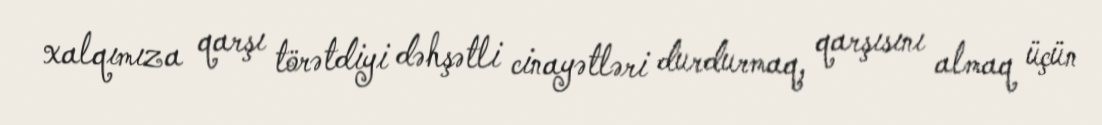
xalqımıza qarşı törətdiyi dəhşətli cinayətləri durdurmaq, qarşısını almaq üçün